Annual administration report of the Civil Veterinary Department of India - 1897-1898
Year: 1897
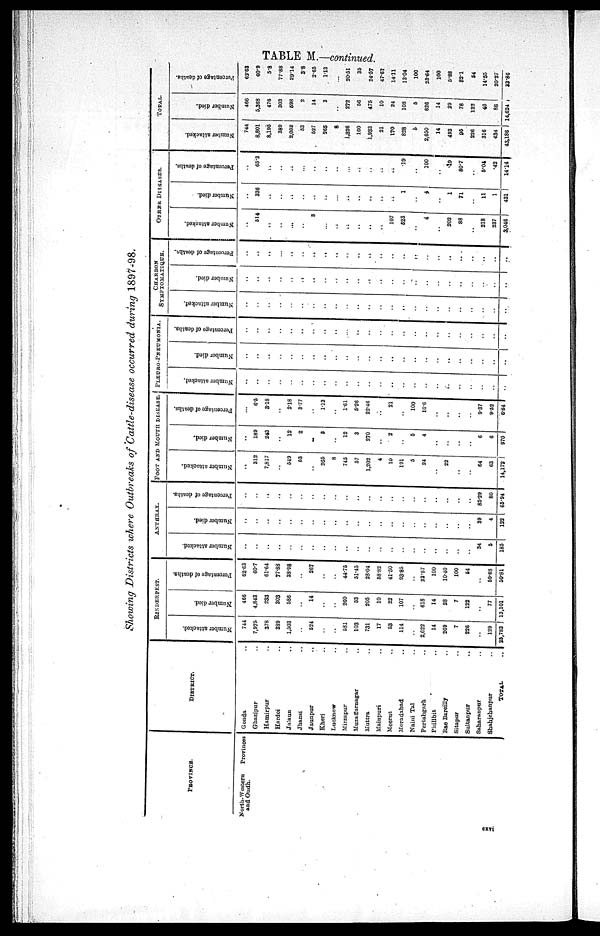
TABLE M.—co
Showing Districts where Outbreaks of Cattle—disease occurred during 1897—98.
PROVINCE.
North—Western
Provinces
and Oudh.
DISTRICT.
Gonda ..
Ghazipur ..
Hamirpur ..
Hardoi ..
Jalaun ..
Jhansi ..
Jaunpur ..
Kheri ..
Lucknow ..
Mirzapur ..
Muzaffarnagar ..
Muttra ..
Mainpuri ..
Meerut ..
Moradabad ..
Naini Tal ..
Pertabgarh ..
Phillbit ..
Rae Bareilly ..
Sitapur ..
Sultanpur ..
Saharanpur ..
Shahjehanpur
..
TOTAL
..
RINDERPEST.
Number attacked.
744
7,975
378
389
1,503
..
524
..
..
581
103
731
17
53
114
..
2,622
14
269
7
226
..
129
25,783
Number died.
466
4,843
233
303
586
..
14
..
..
260
53
205
10
22
107
..
618
14
28
7
122
..
77
13,101
Percentage of deaths.
62.63
60.7
61.64
77.88
38.98
..
267
..
..
44.75
51.45
28.04
58.82
41.50
93.85
..
23.57
100
10.40
100
54
..
59.68
50.81
ANTHRAX.
Number attacked.
..
..
..
..
..
..
..
..
..
..
..
..
..
..
..
..
..
..
..
..
..
34
5
185
Number died.
..
..
..
..
..
..
..
..
..
..
..
..
..
..
..
..
..
..
..
..
..
39
4
122
Percentage
of deaths.
..
..
..
..
..
..
..
..
..
..
..
..
..
..
..
..
..
..
..
..
..
85.29
80
65.94
FOOT AND MOUTH DISEASE.
Number attacked.
..
312
7,817
549
53
..
265
8
745
57
1,202
4
10
191
5
24
..
22
..
..
64
63
14,172
Number died.
..
189
243
12
2
..
3
..
12
3
270
..
2
..
5
4
..
..
..
..
6
6
970
Percentage of deaths.
..
6.5
3.18
..
2.18
3.77
..
1.13
..
1.61
5.26
22.46
..
21
..
100
16.6
..
..
..
..
9.37
9.52
6.84
PLEURO—PNEUMONIA.
Number attacked.
..
..
..
..
..
..
..
..
..
..
..
..
..
..
..
..
..
..
..
..
..
..
..
..
Number died.
..
..
..
..
..
..
..
..
..
..
..
..
..
..
..
..
..
..
..
..
..
..
..
..
Percentage of deaths.
..
..
..
..
..
..
..
..
..
...
..
..
..
..
..
..
..
..
..
..
..
..
..
..
CHARBON
SYMPTOMATIQUE.
Number attacked.
..
..
..
..
..
..
..
..
..
..
..
..
..
..
....
..
..
..
..
..
..
..
..
..
Number died.
..
..
..
..
..
..
..
..
..
..
..
....
..
..
..
..
..
..
..
..
..
..
..
..
Percentage
of deaths.
..
..
..
..
..
..
..
..
..
..
..
..
..
..
..
..
..
..
..
..
..
..
..
..
OTHER DISEASES.
Number attacked.
..
514
..
..
..
..
3
..
..
..
..
..
..
107
523
..
4
..
202
88
..
218
237
3,046
Number died.
..
336
..
..
..
..
..
..
..
..
..
..
..
..
1
..
4
..
1
71
..
11
1
431
Percentage of deaths.
..
65.3
..
..
..
..
..
..
..
..
..
..
..
..
19
..
100
..
49
80.7
..
5.04
42
14.14
TOTAL.
Number attacked.
744
8,801
8,195
389
2,052
53
527
265
8
1,826
160
1,933
21
170
828
5
2,650
14
493
95
226
316
434
43,186
Number died.
466
5,363
476
303
698
2
14
3
..
272
56
475
10
24
108
5
626
14
29
78
122
46
88
14,624
Percentage of deaths.
63.63
60.9
5.8
77.88
29.14
3.8
2.65
1.13
..
20.51
35
24.57
47.61
14.11
13.04
100
23.64
100
5.88
82.1
54
14.55
20.27
33.86
cxvi